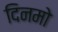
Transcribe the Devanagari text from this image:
दिनमो